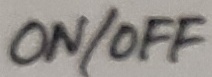
Text: ON/OFF